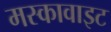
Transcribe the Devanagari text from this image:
मस्कावाइट